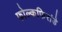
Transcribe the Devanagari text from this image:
फोल्कफिरांडे